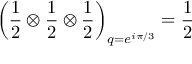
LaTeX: \left( \frac { 1 } { 2 } \otimes \frac { 1 } { 2 } \otimes \frac { 1 } { 2 } \right) _ { q = e ^ { i \pi / 3 } } = \frac { 1 } { 2 }